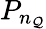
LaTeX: P_{n_{\mathcal{Q}}}